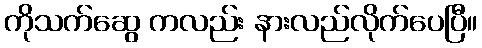
ကိုသက်ဆွေ ကလည်း နားလည်လိုက်ပေပြီ။